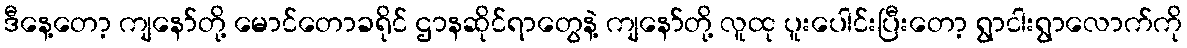
ဒီနေ့တော့ ကျနော်တို့ မောင်တောခရိုင် ဌာနဆိုင်ရာတွေနဲ့ ကျနော်တို့ လူထု ပူးပေါင်းပြီးတော့ ရွာငါးရွာလောက်ကို